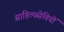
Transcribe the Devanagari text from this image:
साहित्यसेवियों